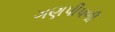
ગણપીપળી